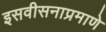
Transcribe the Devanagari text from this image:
इसवीसनाप्रमाणे